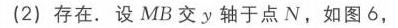
(2) 存在. 设 \(MB\) 交 \(y\) 轴于点 \(N\)，如图 6，